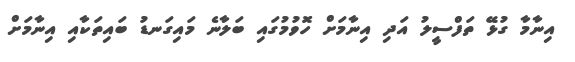
އިނާމާ ގުޅޭ ތަފްސީލު އަދި އިނާމަށް ހޮވުމުގައި ބަލާނެ މައިގަނޑު ބައިތަކާއި އިނާމަށް